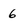
Character: 6